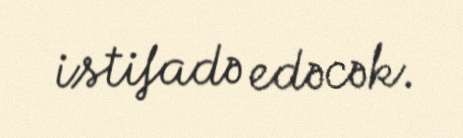
istifadə edəcək.